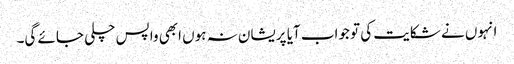
انہوں نے شکایت کی تو جواب آیا پریشان نہ ہوں ابھی واپس چلی جائے گی۔